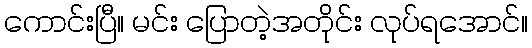
ကောင်းပြီ။ မင်း ပြောတဲ့အတိုင်း လုပ်ရအောင်။